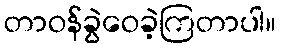
တာဝန်ခွဲဝေခဲ့ကြတာပါ။